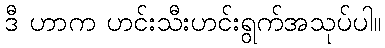
ဒီ ဟာက ဟင်းသီးဟင်းရွက်အသုပ်ပါ။